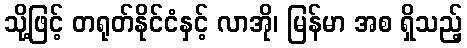
သို့ဖြင့် တရုတ်နိုင်ငံနှင့် လာအို၊ မြန်မာ အစ ရှိသည့်